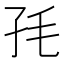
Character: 𡥊